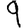
Digit: 9